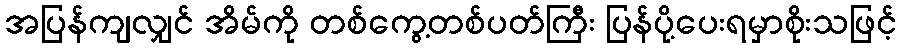
အပြန်ကျလျှင် အိမ်ကို တစ်ကွေ့တစ်ပတ်ကြီး ပြန်ပို့ပေးရမှာစိုးသဖြင့်